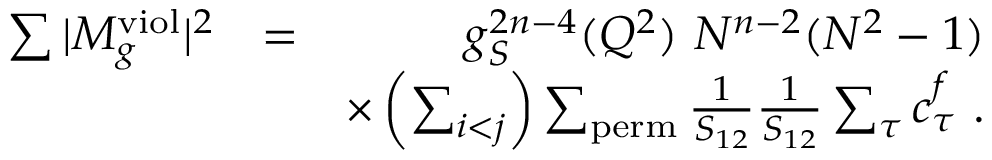
\begin{array} { r l r } { \sum \vert M _ { g } ^ { \mathrm { v i o l } } \vert ^ { 2 } } & { = } & { g _ { S } ^ { 2 n - 4 } ( Q ^ { 2 } ) ~ N ^ { n - 2 } ( N ^ { 2 } - 1 ) } \\ & { } & { \times \left( \sum _ { i < j } \right) \sum _ { \mathrm { p e r m } } \frac { 1 } { S _ { 1 2 } } \frac { 1 } { S _ { 1 2 } } \sum _ { \tau } c _ { \tau } ^ { f } ~ . } \end{array}